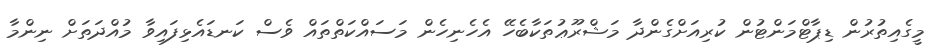
މީގެއިތުރުން ޑިޕާޓްމަންޓުން ކުރިއަށްގެންދާ މަޝްރޫޢުތަކާބެހޭ އެހެނިހެން މަސައްކަތްތައް ވެސް ކަނޑައެޅިފައިވާ މުއްދަތަށް ނިންމާ